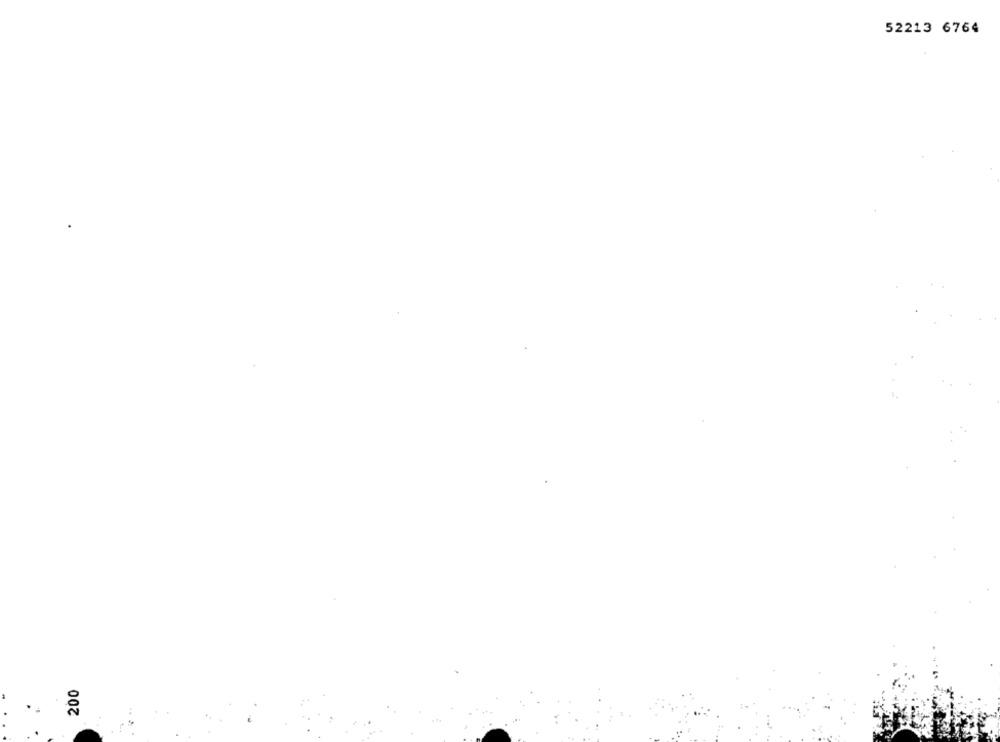
52213 6764
200